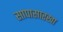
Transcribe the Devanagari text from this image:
सापासारखा